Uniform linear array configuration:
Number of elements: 4
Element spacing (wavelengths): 0.25
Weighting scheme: hann
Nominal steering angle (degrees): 30
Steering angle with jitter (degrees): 30.525
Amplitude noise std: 0.05
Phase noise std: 0.05

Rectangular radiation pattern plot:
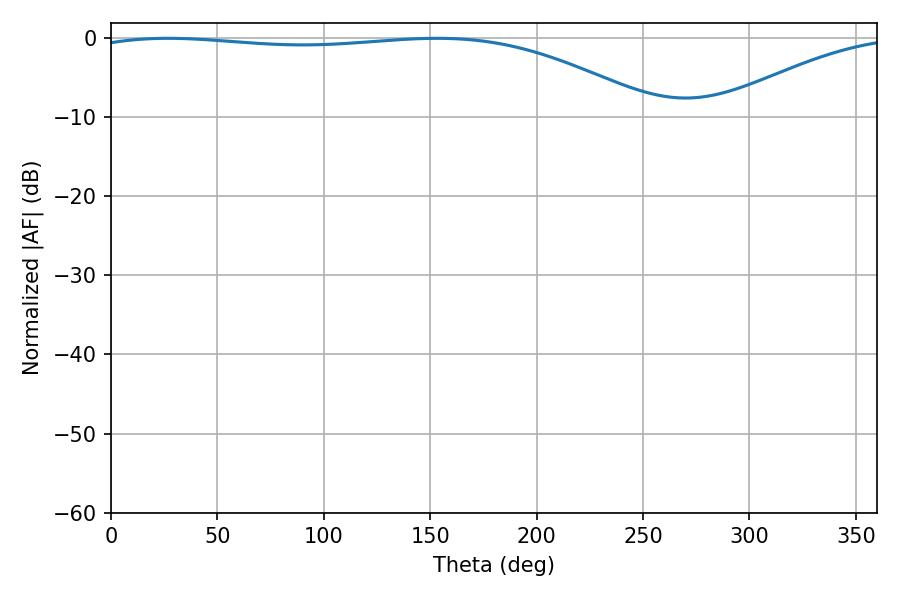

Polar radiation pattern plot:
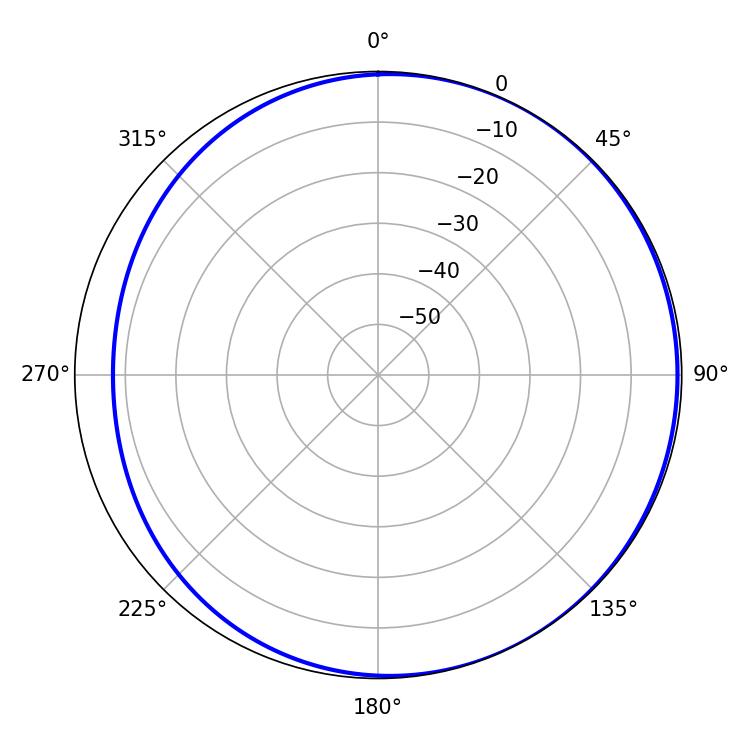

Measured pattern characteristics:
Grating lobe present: FALSE
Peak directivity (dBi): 2.377
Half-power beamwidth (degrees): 213.3
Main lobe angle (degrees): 26.82